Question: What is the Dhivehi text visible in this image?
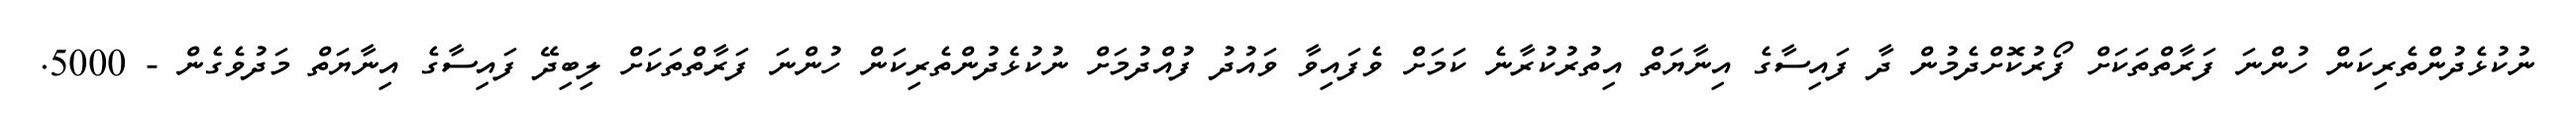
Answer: ނުކުޅެދުންތެރިކަން ހުންނަ ފަރާތްތަކަށް ފޯރުކޮށްދެމުން ދާ ފައިސާގެ އިނާޔަތް އިތުރުކުރާނެ ކަމަށް ވެފައިވާ ވައުދު ފުއްދުމަށް ނުކުޅެދުންތެރިކަން ހުންނަ ފަރާތްތަކަށް ލިބިދޭ ފައިސާގެ އިނާޔަތް މަދުވެގެން - 5000.